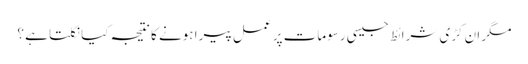
مگر ان کڑی شرائط جیسی رسومات پر عمل پیرا ہونے کا نتیجہ کیا نکلتا ہے ؟